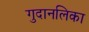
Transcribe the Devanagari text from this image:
गुदानलिका